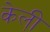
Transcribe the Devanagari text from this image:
केली़